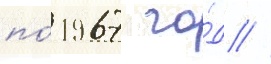
по́ 1967 го́д //